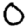
Digit: 0